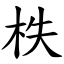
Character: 柣